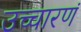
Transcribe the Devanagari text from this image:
उच्चारणं